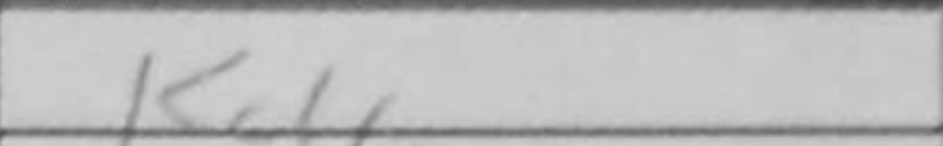
Transcription: Kd6